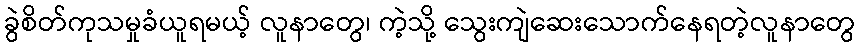
ခွဲစိတ်ကုသမှုခံယူရမယ့် လူနာတွေ၊ ကဲ့သို့ သွေးကျဲဆေးသောက်နေရတဲ့လူနာတွေ